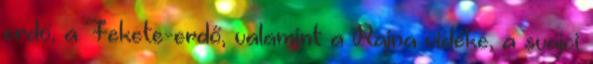
erdő, a Fekete-erdő, valamint a Rajna vidéke, a svájci